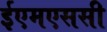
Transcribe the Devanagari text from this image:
ईएमएससी